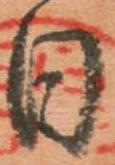
日